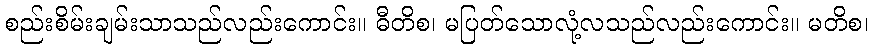
စည်းစိမ်းချမ်းသာသည်လည်းကောင်း။ ဓီတိစ၊ မပြတ်သောလုံ့လသည်လည်းကောင်း။ မတိစ၊